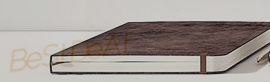
BeStDeAl